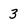
Character: 3